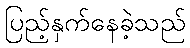
ပြည့်နှက်နေခဲ့သည်